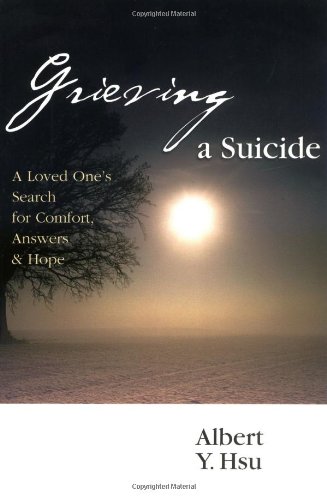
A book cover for Grieving a Suicide: A Loved One's Search for Comfort, Answers  Hope; Albert Y. Hsu; Self-Help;